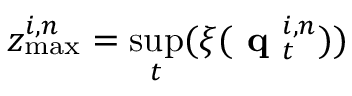
z _ { \mathrm { m a x } } ^ { i , n } = \underset { t } { \operatorname* { s u p } } ( \xi ( \textbf { q } _ { t } ^ { i , n } ) )